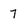
Character: 7